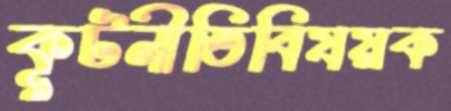
কূটনীতিবিষয়ক